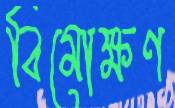
বিমোক্ষণ